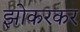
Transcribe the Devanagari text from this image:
झोकरकर